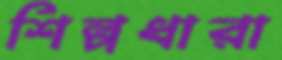
শিল্পধারা